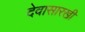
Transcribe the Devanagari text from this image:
देवासारखी